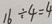
1 6 \div 4 = 4